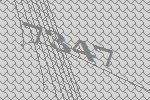
7347